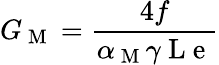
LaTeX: G_{\mathrm{~M~}}=\frac{4f}{\alpha_{\mathrm{~M~}}\gamma\mathrm{~L~e~}}